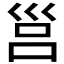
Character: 𡿷